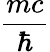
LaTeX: \frac{mc}{\hbar}